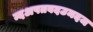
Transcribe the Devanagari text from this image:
म्दअपतवदउमदज